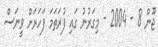
ޖޫން 8 - 2004 - މިގަރުނު ގައި ފުރަތަމަ ފަހަރަށް ވީނަސް